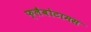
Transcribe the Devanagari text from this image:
फ्लैबोटामस